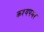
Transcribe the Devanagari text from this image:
कश्यपमर